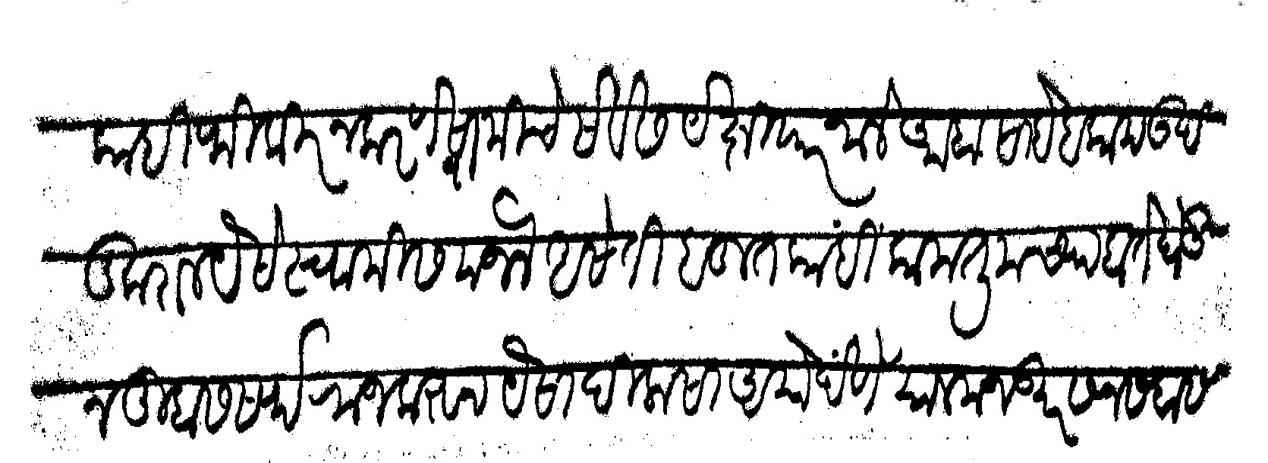
Transliteration (Devanagari): काही फिकीर न करणे स्वामीचे सेवेस येक्षियार जाले आहा साहब काम उदंड कराल यैसे स्वामी समजले असेती बहूत कांहीं काम तुमच्या हाते घेऊन तुम्हास सर्फराज करून यैसा दिलासा असो देणे साल मजकूर सन सबा सबैना